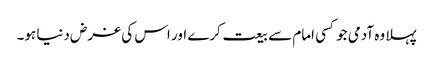
پہلا وہ آدمی جو کسی امام سے بیعت کرے اور اس کی غرض دنیا ہو۔